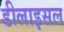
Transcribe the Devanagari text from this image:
डीलाइसल